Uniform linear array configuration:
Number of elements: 48
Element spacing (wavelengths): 1
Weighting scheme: hann
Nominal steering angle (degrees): -30
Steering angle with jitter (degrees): -29.145
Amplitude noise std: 0.05
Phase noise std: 0.05

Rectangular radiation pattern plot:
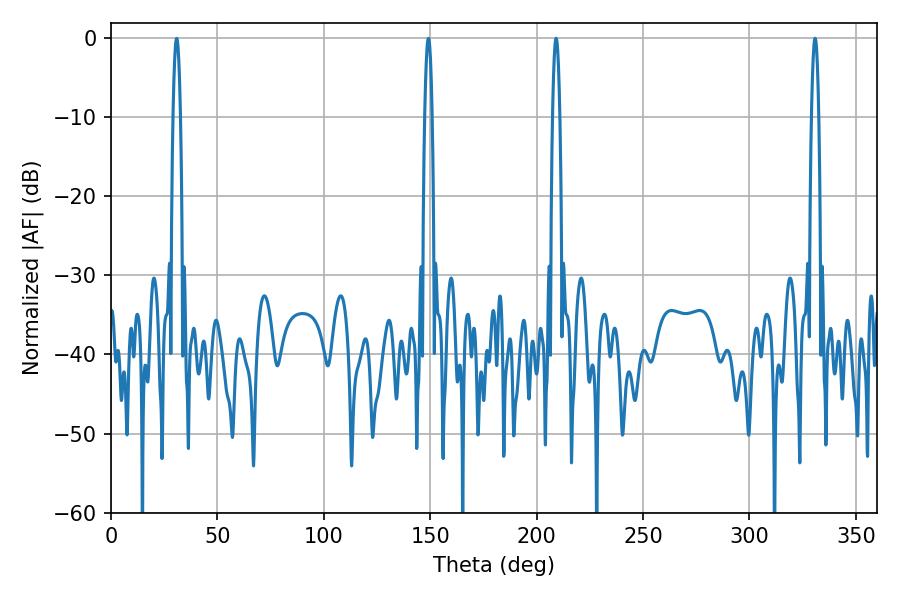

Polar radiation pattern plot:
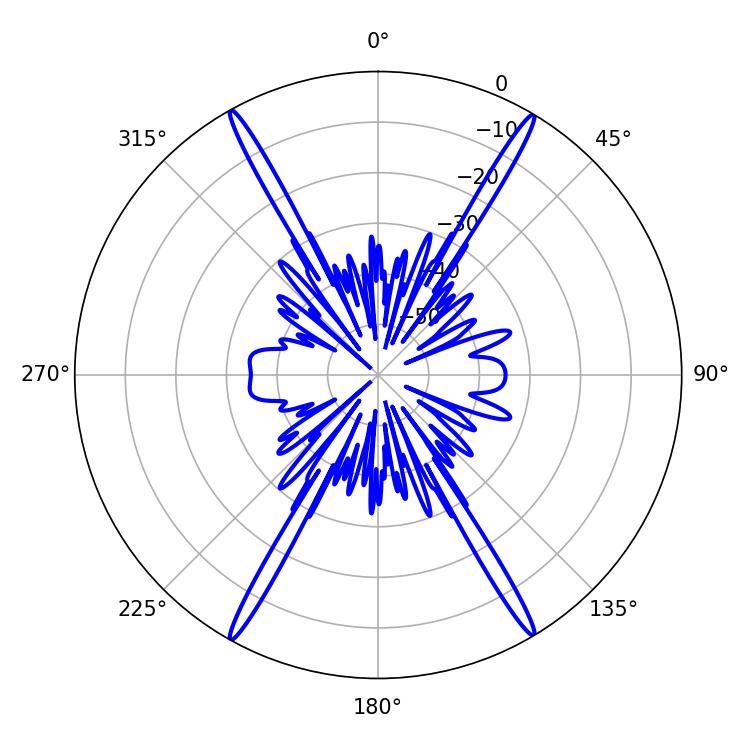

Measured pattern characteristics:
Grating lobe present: TRUE
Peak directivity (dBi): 29.049
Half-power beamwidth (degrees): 1.8
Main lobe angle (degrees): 209.16